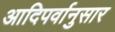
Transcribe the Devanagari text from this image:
आदिपर्वानुसार